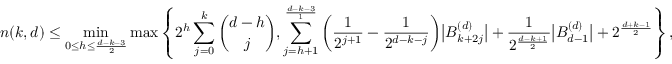
n ( k , d ) \le \operatorname* { m i n } _ { 0 \le h \le \frac { d - k - 3 } { 2 } } \operatorname* { m a x } \left\{ 2 ^ { h } \sum _ { j = 0 } ^ { k } \binom { d - h } { j } , \sum _ { j = h + 1 } ^ { \frac { d - k - 3 } { 1 } } \bigg ( \frac { 1 } { 2 ^ { j + 1 } } - \frac { 1 } { 2 ^ { d - k - j } } \bigg ) \big | B _ { k + 2 j } ^ { ( d ) } \big | + \frac { 1 } { 2 ^ { \frac { d - k + 1 } { 2 } } } \big | B _ { d - 1 } ^ { ( d ) } \big | + 2 ^ { \frac { d + k - 1 } { 2 } } \right\} ,